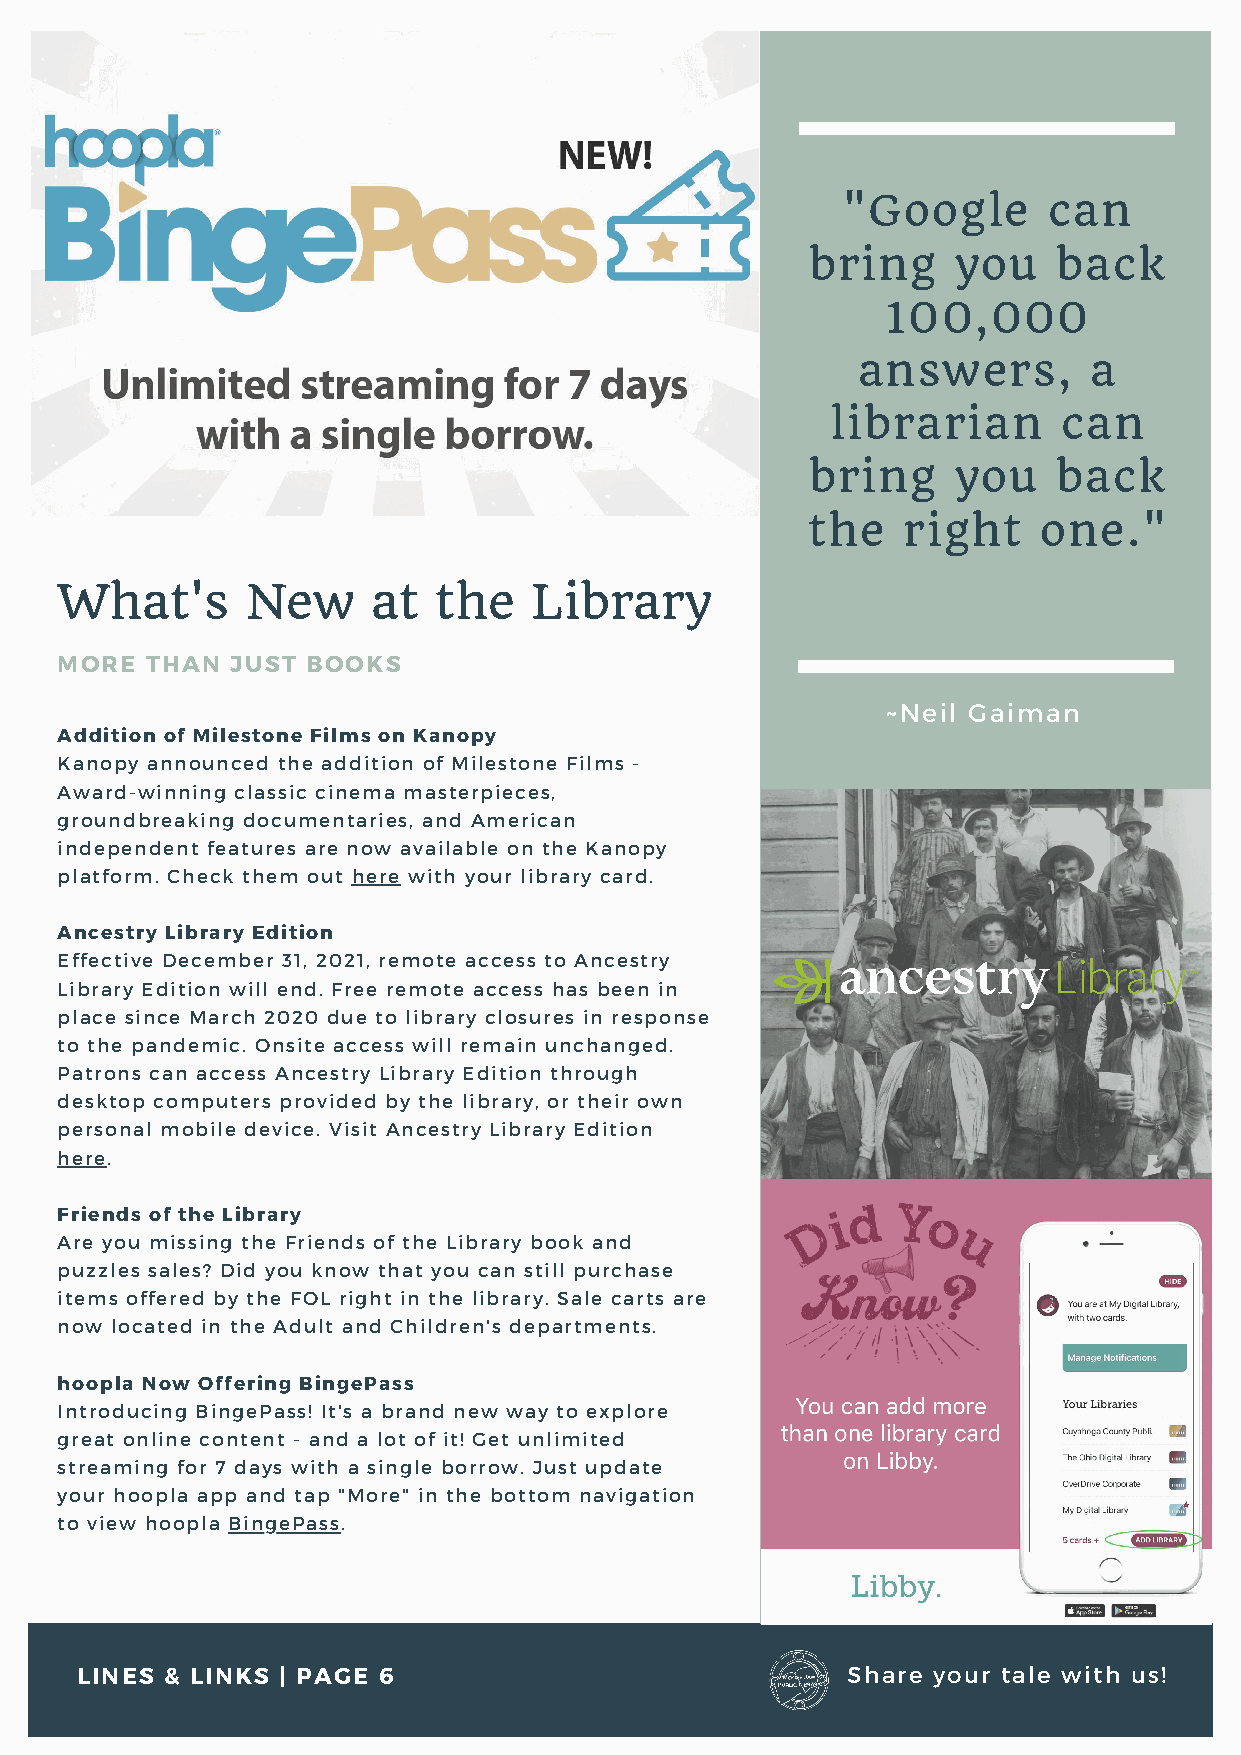
"Google      can
 bring    you    back
 100,000
 answers,       a
 librarian      can
 bring    you    back
 the    right    one."
 What's      New      at  the   Library
 MORE  THAN JUST BOOKS
 ~Neil Gaiman
 Addition of Milestone Films on Kanopy
 Kanopy announced the addition of Milestone Films -
 Award-winning classic cinema masterpieces,
 groundbreaking documentaries, and American
 independent features are now available on the Kanopy
 platform. Check them out here with your library card.
 Ancestry Library Edition
 Effective December 31, 2021, remote access to Ancestry
 Library Edition will end. Free remote access has been in
 place since March 2020 due to library closures in response
 to the pandemic. Onsite access will remain unchanged.
 Patrons can access Ancestry Library Edition through
 desktop computers provided by the library, or their own
 personal mobile device. Visit Ancestry Library Edition
 here.
 Friends of the Library
 Are you missing the Friends of the Library book and
 puzzles sales? Did you know that you can still purchase
 items offered by the FOL right in the library. Sale carts are
 now located in the Adult and Children's departments.
 hoopla Now Offering BingePass
 Introducing BingePass! It's a brand new way to explore
 great online content - and a lot of it! Get unlimited
 streaming for 7 days with a single borrow. Just update
 your hoopla app and tap "More" in the bottom navigation
 to view hoopla BingePass.
 LINES & LINKS | PAGE 6                             Share your tale with us!